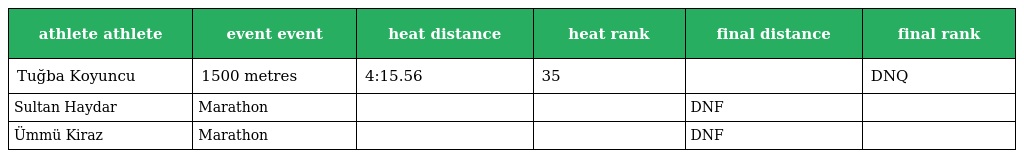
| athlete athlete | event event | heat distance | heat rank | final distance | final rank |
 | --- | --- | --- | --- | --- | --- |
 | Tuğba Koyuncu | 1500 metres | 4:15.56 | 35 |  | DNQ |
 | Sultan Haydar | Marathon |  |  | DNF |  |
 | Ümmü Kiraz | Marathon |  |  | DNF |  |